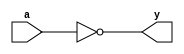
module top (
// Inputs and output ports
a, y
);

input a;
output y;

// Declaracin de seales [reg, wire]

// Descripcin del comportamiento
assign y = ~a;

endmodule